Cultivation of the bacillus of leprosy and the treatment of cases by means of a vaccine prepared from the cultivations - Number 42
Disease focus: Leprosy
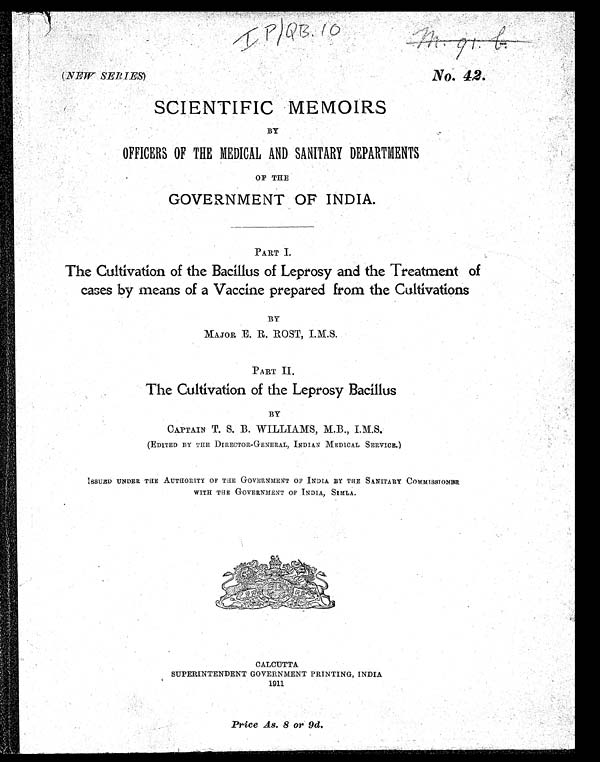
I P / Q B . 1 0
(NEW SERIES)
No. 42.
SCIENTIFIC MEMOIRS
BY
OFFICERS OF THE MEDICAL AND SANITARY DEPARTMENTS
OF THE
GOVERNMENT OF INDIA.
PART I.
The Cultivation of the Bacillus of Leprosy and the Treatment of
cases by means of a Vaccine prepared from the Cultivations
BY
MAJOR, E. R. ROST, I.M.S.
PART II.
The Cultivation of the Leprosy Bacillus
BY
CAPTAIN T. S. B. WILLIAMS, M.B., I.M.S.
(EDITED BY THE DIRECTOR-GENERAL, INDIAN MEDICAL SERVICE.)
ISSUED UNDER THE AUTHORITY OF THE GOVERNMENT OF INDIA BY THE SANITARY COMMISSIONER
WITH THE GOVERNMENT OF INDIA, SIMLA.
CALCUTTA
SUPERINTENDENT GOVERNMENT PRINTING, INDIA
1911
Price As. 8 or 9d.